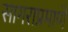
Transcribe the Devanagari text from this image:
सागराप्रमाणे